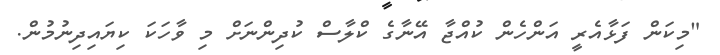
"މިކަން ފަޅާއެރީ އަންހެން ކުއްޖާ އޭނާގެ ކްލާސް ކުދިންނަށް މި ވާހަކަ ކިޔައިދިނުމުން.